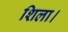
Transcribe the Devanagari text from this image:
शिला।